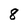
Character: 8